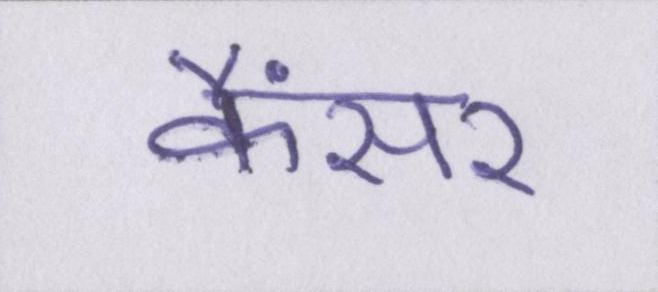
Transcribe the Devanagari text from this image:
कैंसर